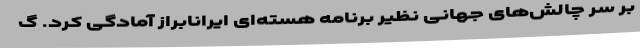
بر سر چالش‌های جهانی نظیر برنامه هسته‌ای ایرانابراز آمادگی کرد. گ